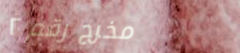
مخرج رقم ٢